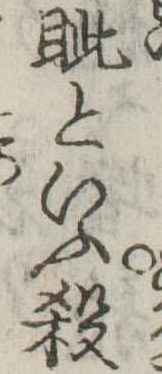
眦といふ殺